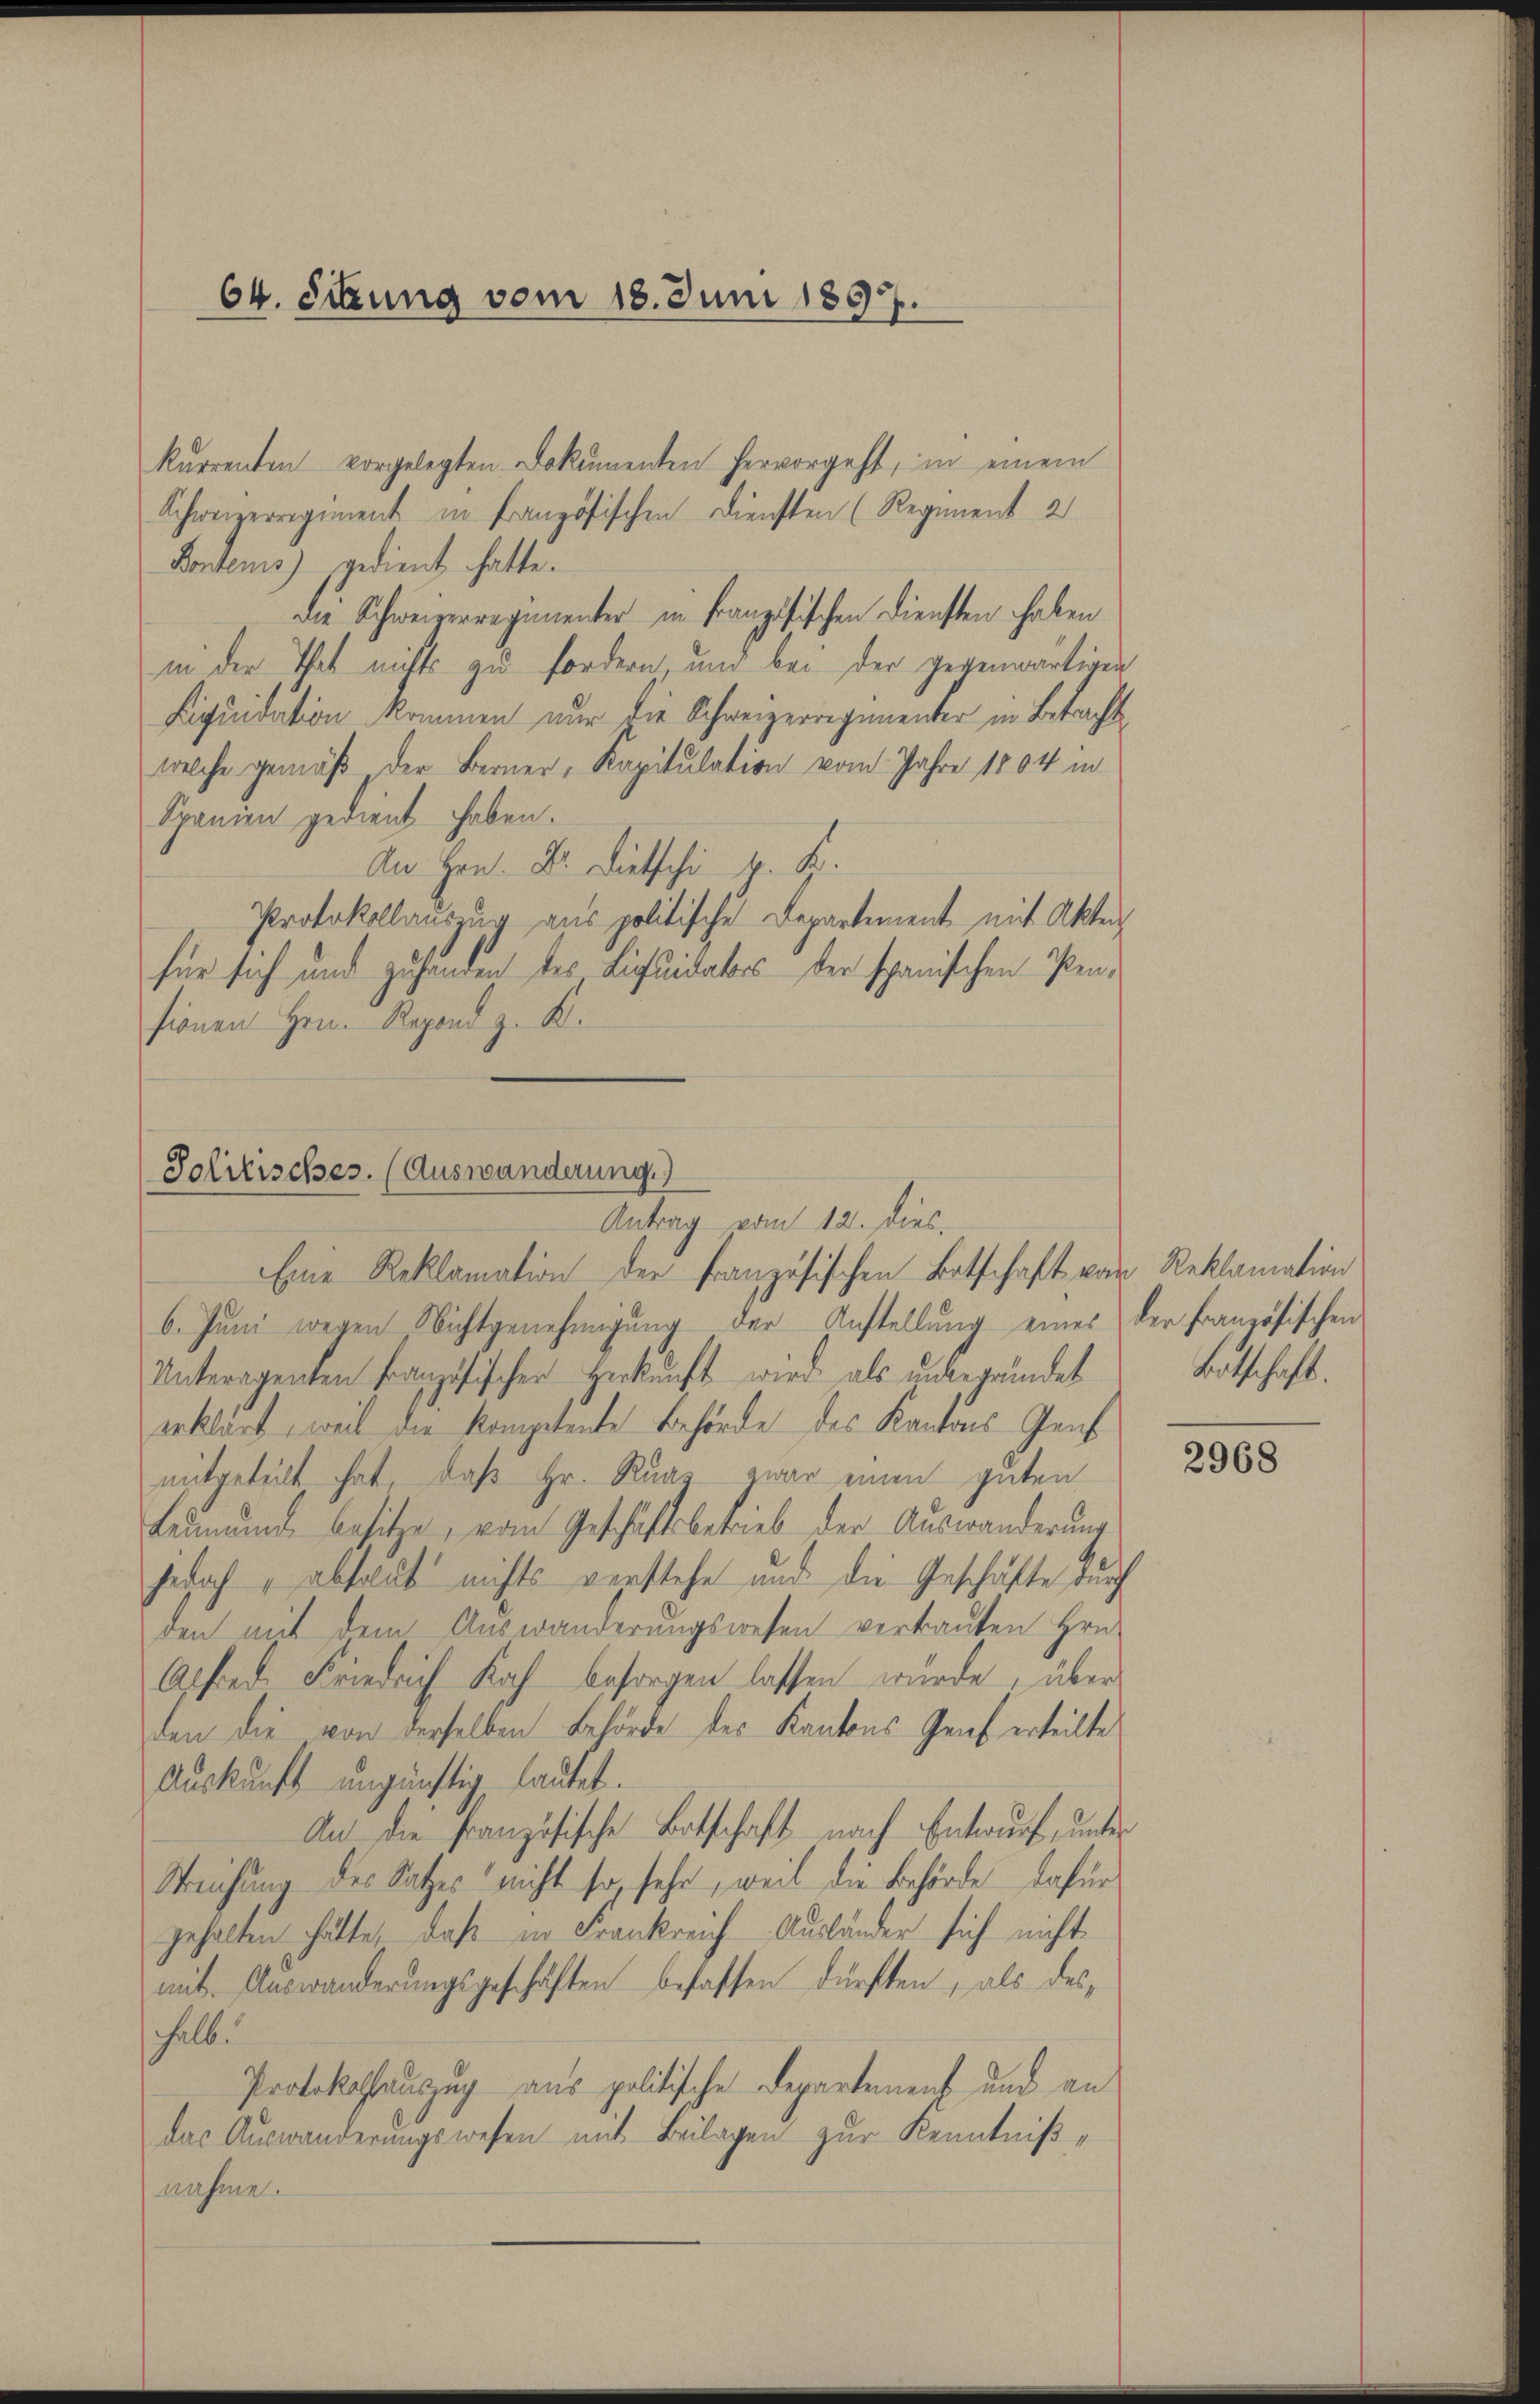
64. Sitzung vom 18. Juni 1897.

kurrenten vorgelegten Dokumenten hervorgeht, in einem
Schweizerregiment in französischen Diensten (Regiment 2
Pontens) gedient hatte.
die Schweizerregimenter in Französischen Diensten haben
in der That nichts zu fordern, und bei der gegenwärtigen
Liquidation kommen nur die Schweizerregimenter in Betracht
welche gemäß, der Berner, Kapitulation vom Jahre 1804 in
Spanien gedient haben.
An Hrn. Dr. Dietschi J. K.
Protokollauszug aus politische Departement mit Akten
für sich und zu handen des Liquidators der spanischen Pensionen Hrn. Regend z. B.

Politisches. (Auswanderung.)
Antrag vom 12. dies
Eine Reklamation der Französischen Botschaft von Reklamation

b. Jŭni wegen Nichtgenehmigŭng der Anstellŭng eines der französischen
Unteragenten Französischer Herkunft wird als unbegründet
erklärt, weil die kompetente Behörde des Kantons Genf
mitgeteilt hat, daß Hr. Ruar, zwar einen guten
Leumund besitze, vom Geschäftsbetrieb der Auswanderung
jedoch, absolut nichts verstehe und die Geschäfte durch
den mit dem Auswanderungswesen verbauten Hrn.
Alfred Friedrich Koch besorgen lassen wurde, über
den die von derselben Behörde des Kantons Genf erteilte
Auskunft ungünstig lautet.
An die französische Botschaft nach Entwurf, unter
Weichung des Satzes nicht so, sehr, weil die Behörde dafür
gehalten hätte, daß in Frankreich Ausländer sich nicht
mit. Auswanderungsgeschäften befassen dürften, als deshalb.
Protokollauszug aus politische Departement und an
das Auswanderungswesen mit Beilagen zur Kenntnißnahme.

Botschaft.

2968